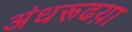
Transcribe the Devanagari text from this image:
अंधरूढय़ा